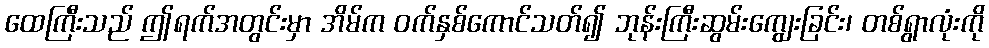
ထေကြီးသည် ဤရက်အတွင်းမှာ အိမ်က ဝက်နှစ်ကောင်သတ်၍ ဘုန်းကြီးဆွမ်းကျွေးခြင်း၊ တစ်ရွာလုံးကို